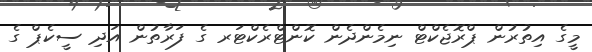
މީގެ އިތުރުން ޕްރޮޖެކްޓް ނިމެންދެން ކޮންޓްރެކްޓަރ ގެ ފަރާތުން އަދި ސީކެޕް ގެ